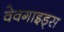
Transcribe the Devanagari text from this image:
वेवगाइड्स